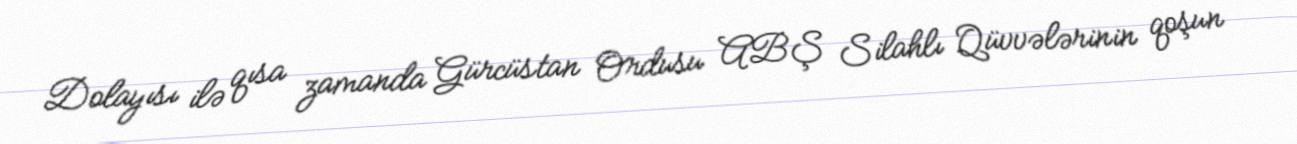
Dolayısı ilə qısa zamanda Gürcüstan Ordusu ABŞ Silahlı Qüvvələrinin qoşun